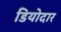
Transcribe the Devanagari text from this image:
डियोदार